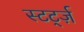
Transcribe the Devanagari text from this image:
स्टर्ट्ज़